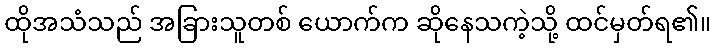
ထိုအသံသည် အခြားသူတစ် ယောက်က ဆိုနေသကဲ့သို့ ထင်မှတ်ရ၏။